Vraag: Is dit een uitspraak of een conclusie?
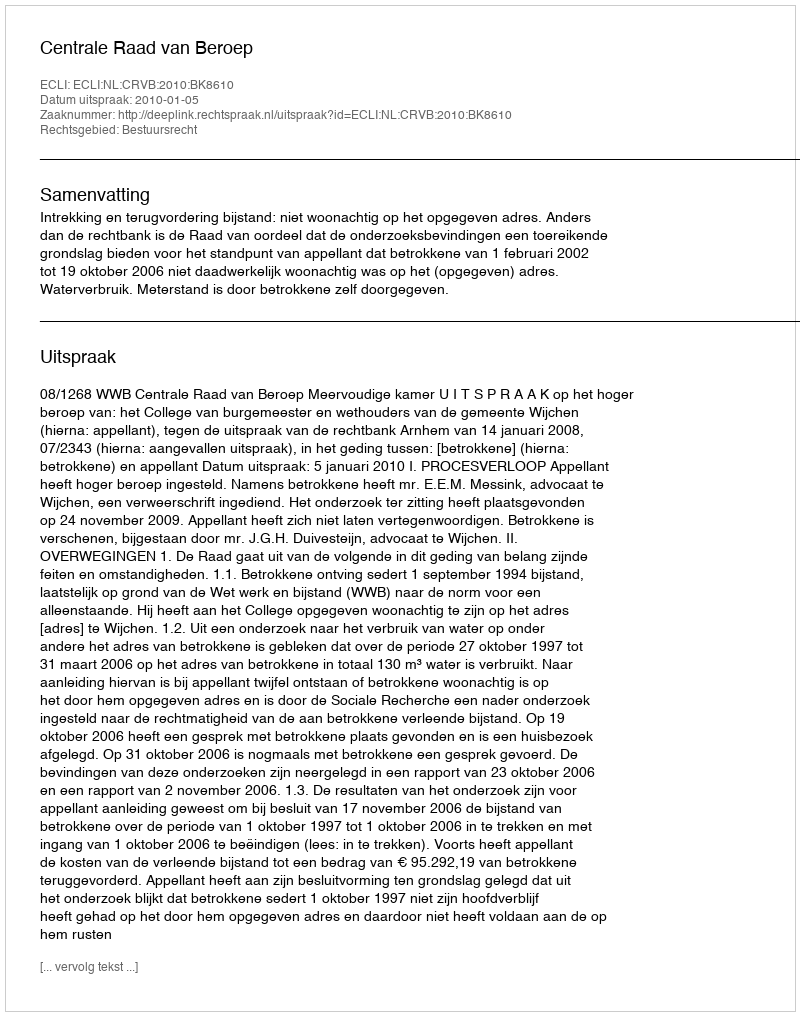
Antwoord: Uitspraak